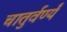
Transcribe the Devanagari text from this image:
चातुर्वर्ण्यं